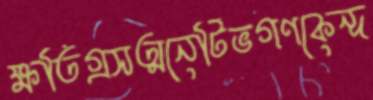
ক্ষতিগ্রসত্মনেটিভগণকেন্দ